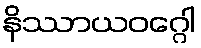
နိဿာယဝဂ္ဂေါ